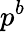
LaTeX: p^{b}